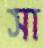
সা